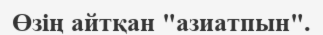
Өзің айтқан "азиатпын".